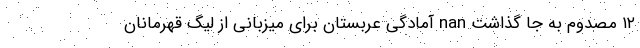
۱۲ مصدوم به جا گذاشت nan آمادگی عربستان برای میزبانی از لیگ قهرمانان